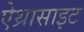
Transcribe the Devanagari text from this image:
ऐथ्रासाइट